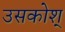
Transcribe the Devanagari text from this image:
उसकोश्